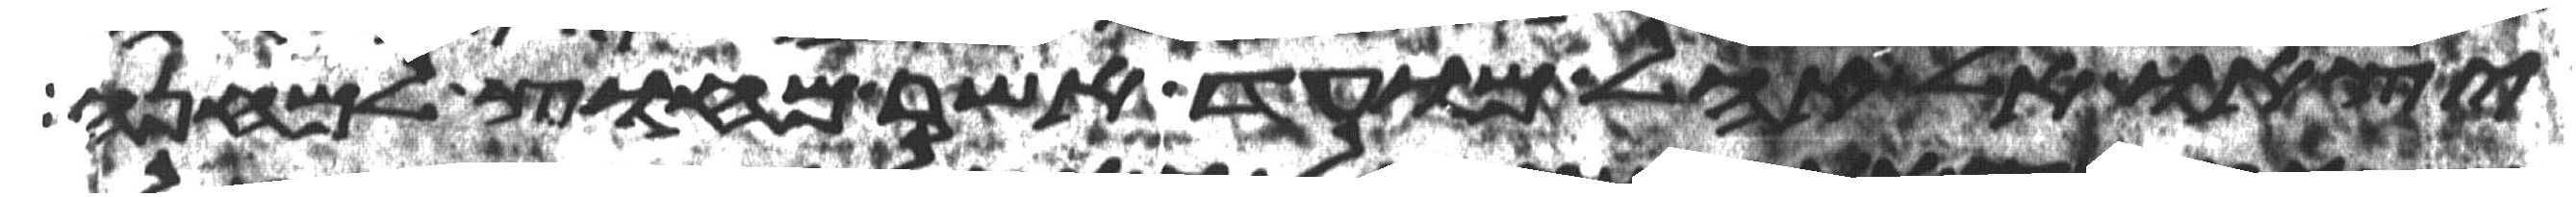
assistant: יצאו אל אהל מועד אשר מחוץ למחנה